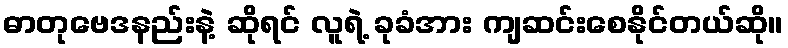
ဓာတုဗေဒနည်းနဲ့ ဆိုရင် လူရဲ့ ခုခံအား ကျဆင်းစေနိုင်တယ်ဆို။